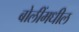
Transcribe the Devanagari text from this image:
बोलींमधील